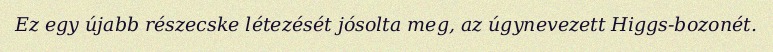
Ez egy újabb részecske létezését jósolta meg, az úgynevezett Higgs-bozonét.